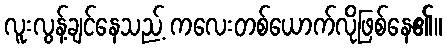
လူးလွန့်ချင်နေသည့် ကလေးတစ်ယောက်လိုဖြစ်နေ၏။